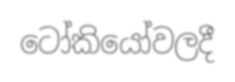
ටෝකියෝවලදී